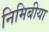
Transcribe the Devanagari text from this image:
निमिबीया